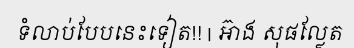
ទំលាប់បែបនេះទៀត!! | អ៊ាង សុផល្លែត